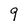
Character: 9